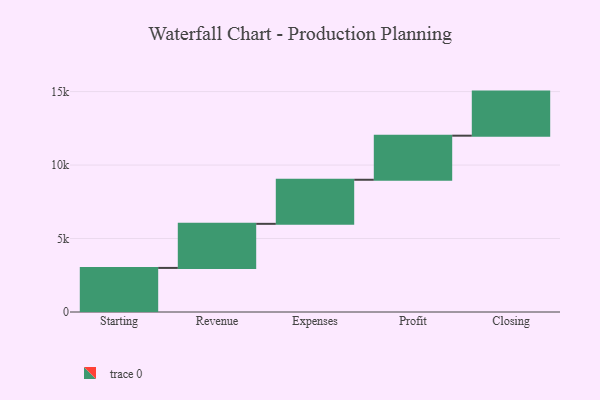
{"axis": {"x": "Step", "y": "Value"}, "legend": [""], "data": [{"x": "Starting", "y": 3000, "type": ""}, {"x": "Revenue", "y": 3000, "type": ""}, {"x": "Expenses", "y": 3000, "type": ""}, {"x": "Profit", "y": 3000, "type": ""}, {"x": "Closing", "y": 3000, "type": ""}]}